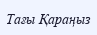
Тағы Қараңыз